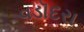
વડૉદરા